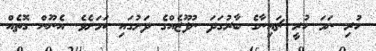
ހުރި ނަމަ ހުރީ ޗައިނާގެ ބާރުގަދަ ނުފޫޒެއްގެ ދަށުގައި ކަމަށެވެ. އެނޫން ގޮތެއް